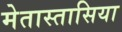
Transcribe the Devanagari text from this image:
मेतास्तासिया